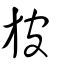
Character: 𣃣